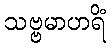
သဗ္ဗမာဟရိံ